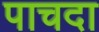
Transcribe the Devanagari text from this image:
पाचदा